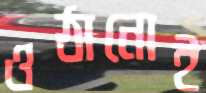
ওঠানোই